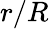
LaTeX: r/R